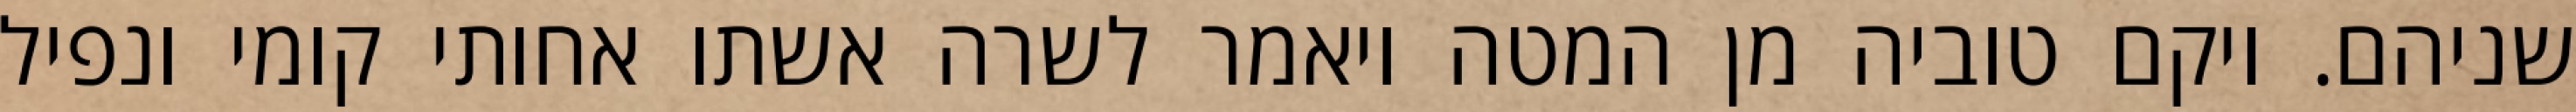
שניהם. ויקם טוביה מן המטה ויאמר לשרה אשתו אחותי קומי ונפיל